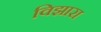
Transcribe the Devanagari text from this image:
विझारा